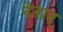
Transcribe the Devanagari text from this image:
नेतान्